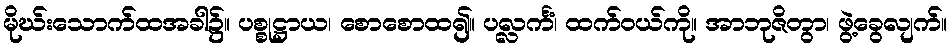
မိုဃ်းသောက်ထအခါ၌။ ပစ္စုဋ္ဌာယ၊ စောစောထ၍။ ပလ္လင်္ကံ၊ ထက်ဝယ်ကို။ အာဘုဇိတွာ၊ ဖွဲ့ခွေလျက်။